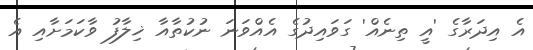
އެ އިދަރާގެ 'އީ ތިނެއް' ގަވައިދުގެ އެއްވަނަ ނުކުތާއާ ޚިލާފު ވާކަމަށާއި އެ